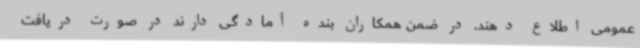
عمومی اطلاع دهند. در ضمن همکاران بنده آمادگی دارند در صورت دریافت